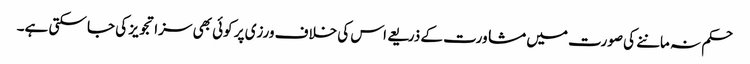
حکم نہ ماننے کی صورت میں مشاورت کے ذریعے اس کی خلاف ورزی پر کوئی بھی سزا تجویز کی جا سکتی ہے۔